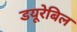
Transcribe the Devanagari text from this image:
डयूरेबिल